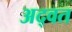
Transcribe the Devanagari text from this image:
अद्वत